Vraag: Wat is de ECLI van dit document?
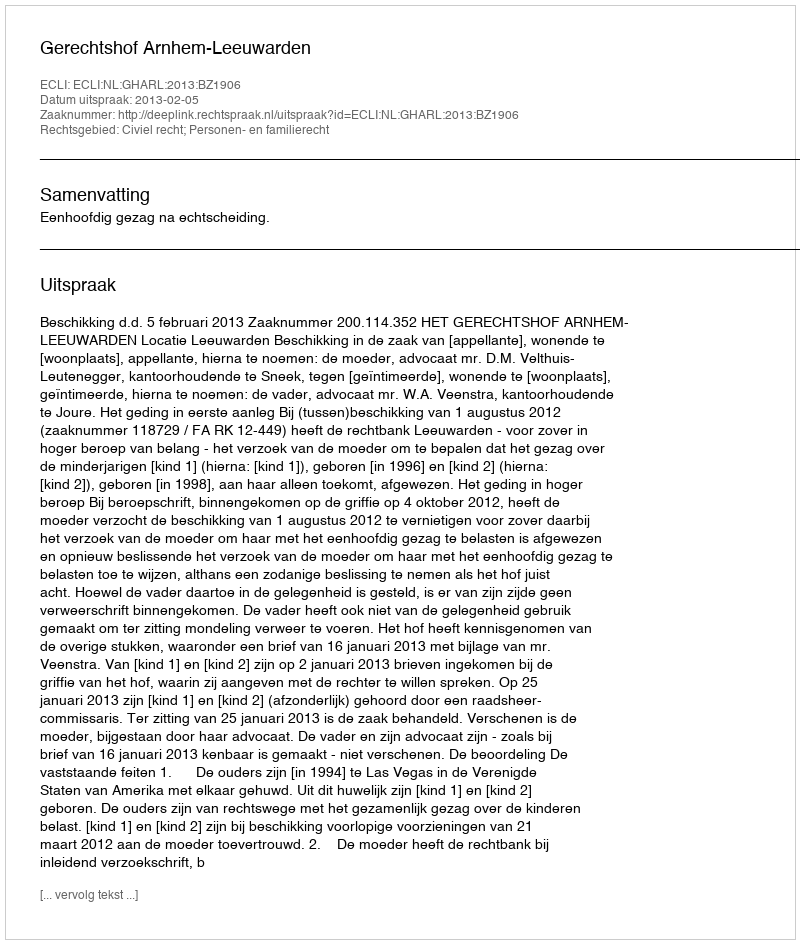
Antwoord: ECLI:NL:GHARL:2013:BZ1906